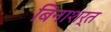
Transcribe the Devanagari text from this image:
बिनाशर्त